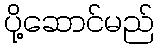
ပို့ဆောင်မည်